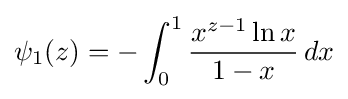
\psi _{1}(z)=-\int _{0}^{1}{\frac {x^{z-1}\ln {x}}{1-x}}\,dx